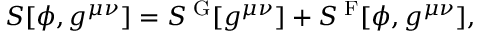
S [ \phi , g ^ { \mu \nu } ] = S ^ { \mathrm { { \tiny ~ G } } } [ g ^ { \mu \nu } ] + S ^ { \mathrm { { \tiny ~ F } } } [ \phi , g ^ { \mu \nu } ] ,